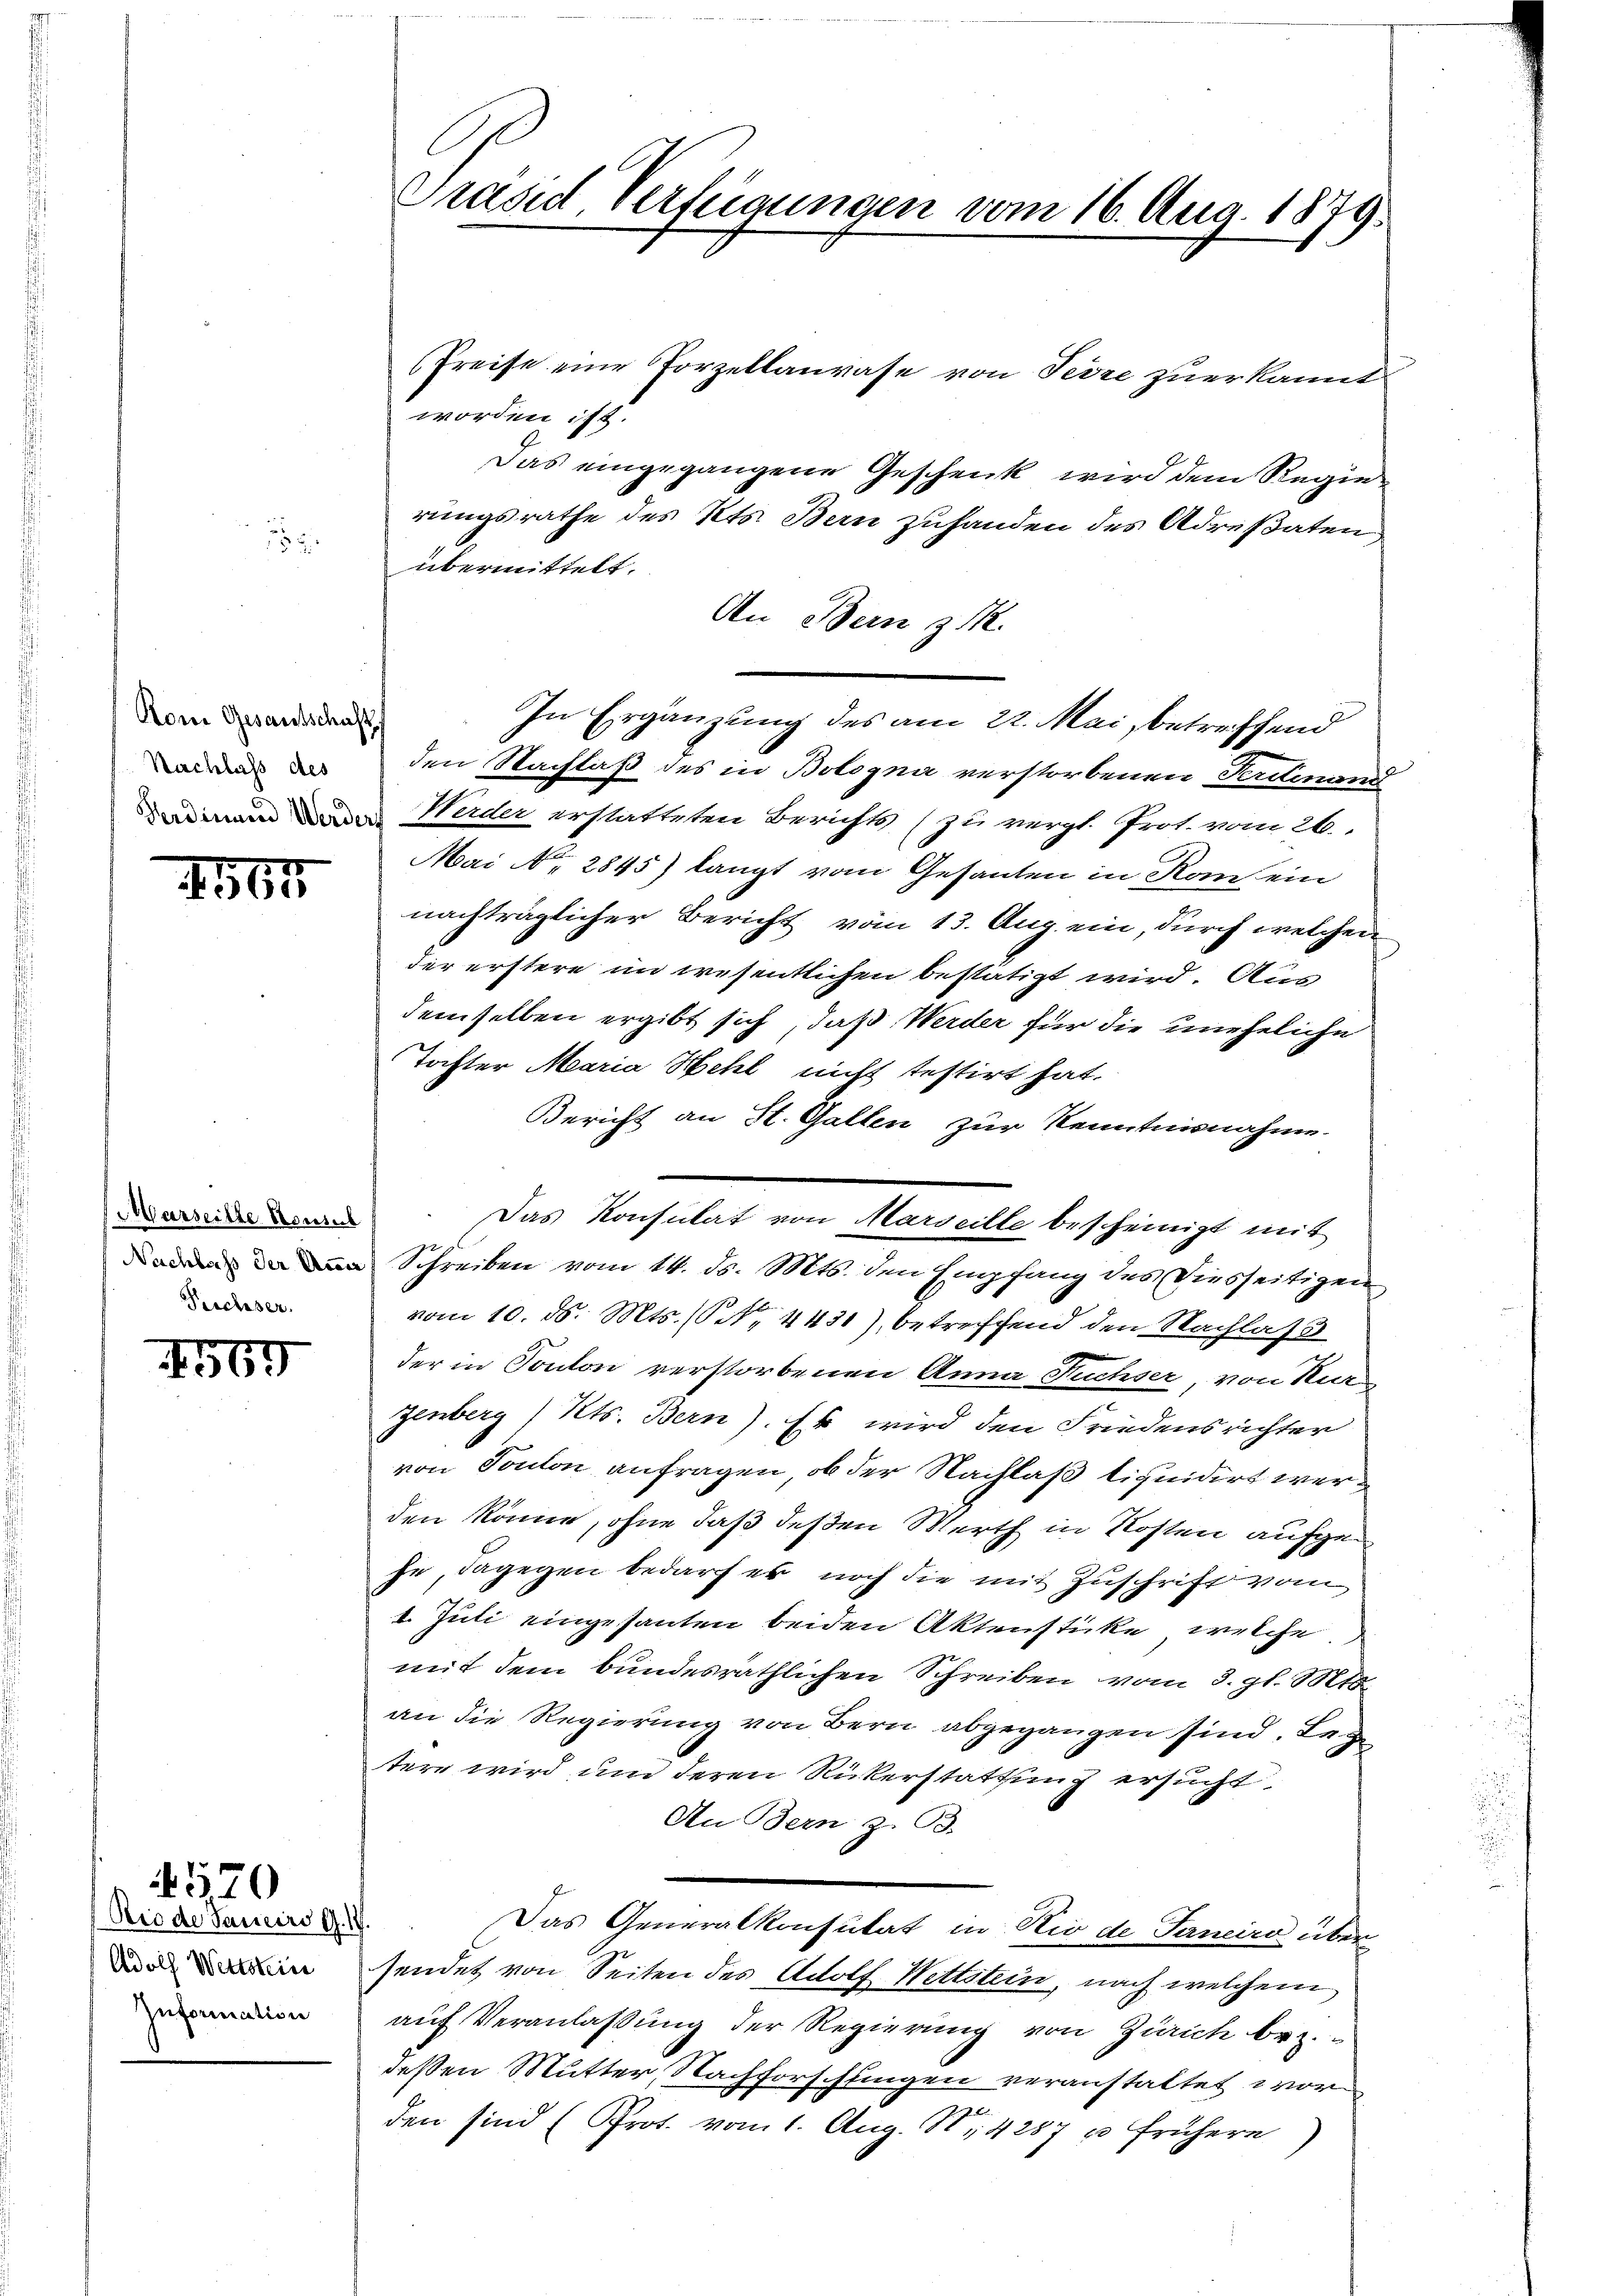
Kom Gesantschaft.
Nachlass des

IGEr

Marseilte Konsul
Pechser.

4569

Adolf Wettstein
Information

1570
Rio de Janeiro G. 17.

Präsid. Verfügungen vom 16. Aug. 1879.

Preise eine Porzellaurase von Perre zuerkannt
worden ist.
Das eingegangene Geschenk wird dem Regierungsrathe des Kts. Bern zuhanden des Adresaten
übermittelt.
An Bern z.
In Ergänzung des am 22. Mai, betreffend
den Nachlaß des in Bologna verstorbenen Fertinandt
deinen weder Hader erstatteten Berichts (zu vergl. Prot. vom 26.
Mai r. 2845) langt vom Gesanten in Rom ein
nachträglicher Bericht vom 13. Aug. ein, durch welchen
der erstere im wesentlichen bestätigt wird. Aus
demselben ergibt sich, daß Werder für die uneheliche
Tochter Maria Hehl nicht testirt hat.
Bericht an St. Gallen zur Kenntnisnahme
 Schreiben vom 14. ds. Mts. den Empfang des Diesseitigen
vom 10. ds. Mts. (NNo. 4431), betreffend den Nachlas
der in Conton verstorbenen Anna Fuchser, von Kur
zenberg, Kts. Bern). Es wird den Friedensrichter
von Toulon anfragen, ob der Nachlaß tiquidirt werden könne, ohne daß deßen Werth in Kosten aufgehe dagegen bedarf es noch die mit Zuschrift vom
1. Juli eingesanten beiden Aktensticke, welche
mit dem bundesräthlichen Schreiben vom 3. gl. Mts.
an die Regierung von Bern abgegangen sind. Leg
tere wird um deren Rükerstattung ersucht,
An Bern z. B.
Das Generalkonsutat in Rio de Janeiro über
sendet von Seiten des Adolf Wettstein, nach welchem
auf Veranlassung der Regierung von Zürich bez.
dessen Mutter, Nachforschlingen veranstattet worden sind (Prot. vom 1. Aug. 14287 u frühere

Das Konsulat von Marseille bescheinigt mit